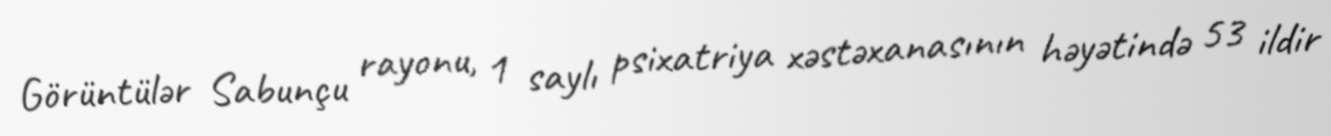
Görüntülər Sabunçu rayonu, 1 saylı psixatriya xəstəxanasının həyətində 53 ildir